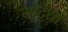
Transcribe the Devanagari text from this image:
यो्द्धा